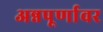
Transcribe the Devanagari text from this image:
अन्नपूर्णावर